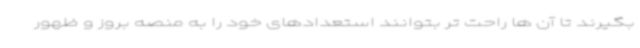
بگیرند تا آن ها راحت تر بتوانند استعدادهای خود را به منصه بروز و ظهور